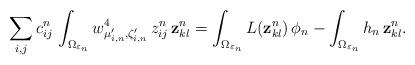
LaTeX: \begin{align*}\sum_{i,j}c_{ij}^n\,\int_{\Omega_{\varepsilon_n}}w_{\mu_{i,n}^{\prime},\zeta_{i,n}^{\prime}}^4\,z_{ij}^n\,{\bf z}_{kl}^n=\int_{\Omega_{\varepsilon_n}}L({\bf z}_{kl}^n)\,\phi_n-\int_{\Omega_{\varepsilon_n}}h_n\,{\bf z}_{kl}^n.\end{align*}